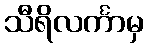
သီရိလင်္ကာမှ